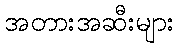
အတားအဆီးများ